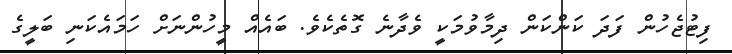
ފިޓުޖެހުން ފަދަ ކަންކަން ދިމާވުމަކީ ވެދާނެ ގޮތެކެވެ. ބައެއް މީހުންނަށް ހަމައެކަނި ބަލީގެ